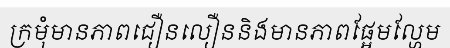
ក្រមុំមានភាពជឿនលឿននិងមានភាពផ្អែមល្ហែម